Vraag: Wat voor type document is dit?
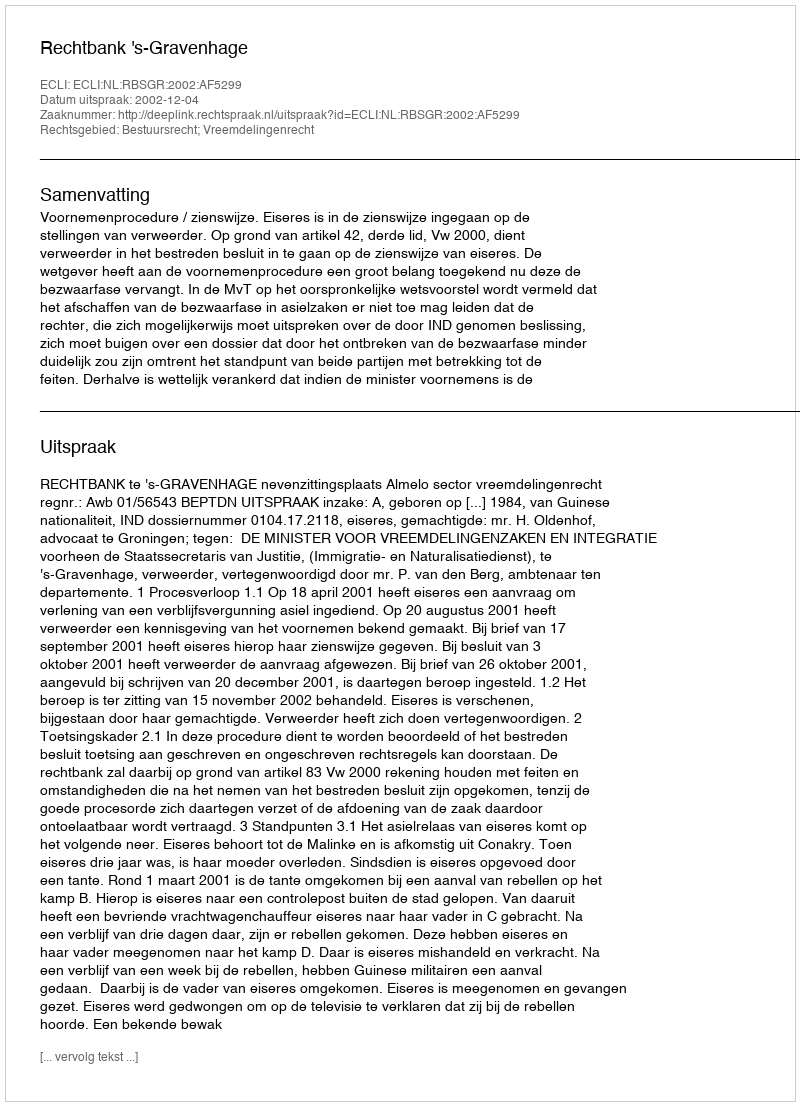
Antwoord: Uitspraak